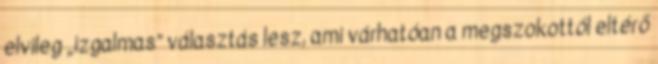
elvileg „izgalmas” választás lesz, ami várhatóan a megszokottól eltérő